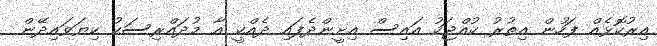
އިރުކޮޅެއް ފަހުން އިތުރު ކުއްޖަކު އައިސް އިށީންދެފައި ދެއްކީ އާ މުދައްރިސަކު ކިޔަވައިދޭން